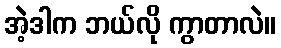
အဲ့ဒါက ဘယ်လို ကွာတာလဲ။